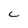
Character: C